Annual report on the working of the mental hospitals in the Madras Presidency - 1912-1932
Year: 1912
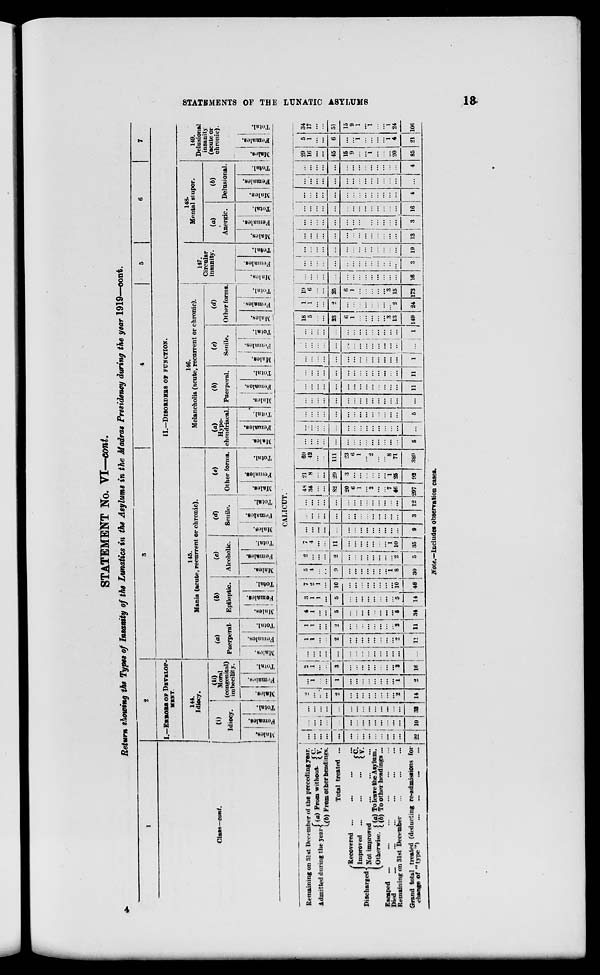
STATEMENTS OF THE LUNATIC ASYLUMS
18
STATEMENT No. VI—cont.
Return showing the Types of Insanity of the Lunatics in the Asylums in the Madras Presidency during the year 1919—cont.
1
Class—cont.
2
I.—ERROES
OF
DEVELOP-
MENT.
144.
Idiocy.
(i)
Idiocy.
Males.
Females.
Total.
(ii)
Moral
(congenital)
imbecility.
Males.
Females.
Total.
3
4
5
6
7
II.—DISORDER
OF
FUNCTION.
145.
Mania (acute, recurrent or chronic).
(a)
Puerperal.
Males.
Females.
Total.
(b)
Epileptic.
Males.
Females.
Total.
(c)
Alcoholic.
Males.
Females.
Total.
(d)
Senile.
Males.
Females.
Total.
(e)
Other forms.
Males.
Females.
Total.
146.
Melancholia (acute, recurrent or chronic).
Hypo-
chondriacal.
Males.
Females.
Total.
(b)
Puerperal.
Males.
Females.
Total.
(c)
Senile.
Males.
Females.
Total.
(d)
Other forms
Males.
Females.
Total.
147.
Circular
insanity.
Males.
Females.
Total.
148.
Mental stupor.
(a)
Anergic.
Males.
Females,
Total,
(b)
Delusional.
Males.
Females.
Total.
149.
Delusional
insanity
(acute or
chronic).
Males.
Females.
Total.
CALICUT.
Remaining on 31st December of the preceding year.
Admitted during the year (a) From without. C.
V.
(b) From other headings.
Total treated ...
Discharged
Recovered ... ... ...
Improved ... ... ...
...
C.
V.
Not improved ... ... ...
Otherwise. (a) To leave the Asylum.
(b) To other heading
Escaped ... ... ... ... ... ...
Died ... ... ... ... ... ...
Remaining on 31st December ... ... ...
Grand total treated (deducting re-admissions for
change of "type") ... ... ... ...
...
...
...
...
...
...
...
...
...
...
...
. ..
...
. ..
22
...
...
...
...
...
...
...
...
...
...
...
...
...
...
10
...
...
...
...
...
...
...
...
...
...
...
...
...
...
31
2
...
...
...
2
...
...
...
...
...
...
...
...
2
14
...
1
...
...
1
...
...
...
...
...
...
...
...
1
2
2
1
...
...
3
...
...
...
...
...
...
...
...
3
16
...
...
...
...
...
...
...
...
...
...
...
...
...
...
...
1
1
...
...
2
...
...
...
...
...
...
...
...
2
11
1
1
...
...
2
...
...
...
...
...
...
...
2
11
4
1
...
...
5
...
...
...
...
...
...
...
...
5
34
3
1
1
...
5
...
...
...
...
...
...
...
...
5
14
7
2
1
...
10
...
...
...
...
...
...
...
...
10
48
5
4
...
...
9
...
...
...
...
...
...
...
1
8
30
2
...
...
...
2
...
...
...
...
...
...
...
...
2
5
7
4
...
...
11
...
. ..
...
...
...
...
...
1
10
35
...
...
...
...
...
...
...
...
...
...
...
...
...
...
9
...
...
...
...
...
...
...
...
...
...
...
...
...
...
3
...
...
...
...
...
...
...
...
...
...
...
...
...
...
12
48
34
...
...
82
20
6
1
...
2
...
...
7
46
297
21
8
...
...
29
3
...
...
...
...
...
...
1
25
92
69
42
...
...
111
23
6
1
...
2
...
... 8
71
389
...
...
...
...
...
...
...
...
...
...
...
...
...
...
5
...
...
...
...
...
...
...
...
...
...
...
...
...
...
...
...
...
. ..
...
...
...
...
...
. ..
...
...
...
. ..
...
5
...
...
...
...
...
...
...
...
...
...
...
...
...
...
...
...
...
...
...
...
...
...
...
...
...
...
...
...
...
11
...
...
...
...
...
...
...
...
...
...
...
...
...
...
11
...
...
...
...
...
...
...
...
...
...
...
...
...
...
1
...
...
...
...
...
...
...
...
...
...
...
. ..
...
...
...
...
...
...
...
...
...
...
...
...
...
...
...
...
...
1
18
5
...
...
23
6
1
...
...
...
...
...
3
13
149
1
1
...
...
2
...
...
...
...
...
...
...
...
2
24
19
6
...
...
25
6
1
...
...
...
...
...
3
15
173
...
...
...
...
...
...
...
...
...
...
...
...
...
...
16
...
...
...
...
...
...
...
...
...
...
...
...
...
...
3
...
...
...
...
...
...
...
...
...
...
...
...
...
...
19
...
...
...
...
...
...
...
...
...
...
...
...
...
...
13
...
...
...
...
...
...
...
...
...
...
...
...
...
...
3
...
...
...
...
...
...
...
...
...
...
...
...
...
...
16
...
...
...
...
...
...
...
...
...
...
...
...
...
...
4
...
...
...
...
...
...
...
...
...
...
...
...
...
...
...
...
...
...
...
...
...
...
...
...
...
...
...
...
...
4
29
16
...
...
45
15
9
...
...
1
...
...
...
20
85
5
1
...
...
6
...
...
1
...
...
...
... 1
4
21
34
17
...
...
51
15
9
1
...
1
...
... 1
24
106
Note.—Includes observation cases.
4